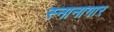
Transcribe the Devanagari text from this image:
स्‍नानागार